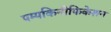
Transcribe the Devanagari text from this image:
पम्पकिनीफिकेशन